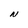
Character: N